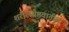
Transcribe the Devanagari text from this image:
शरीरसौष्ठवातील